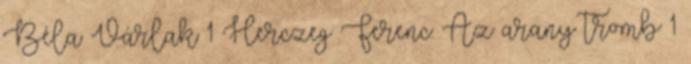
Béla Várlak 1 Herczeg Ferenc: Az arany tromb 1